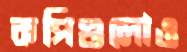
কপিগুলোও